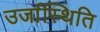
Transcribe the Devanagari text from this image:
उर्जास्थिति